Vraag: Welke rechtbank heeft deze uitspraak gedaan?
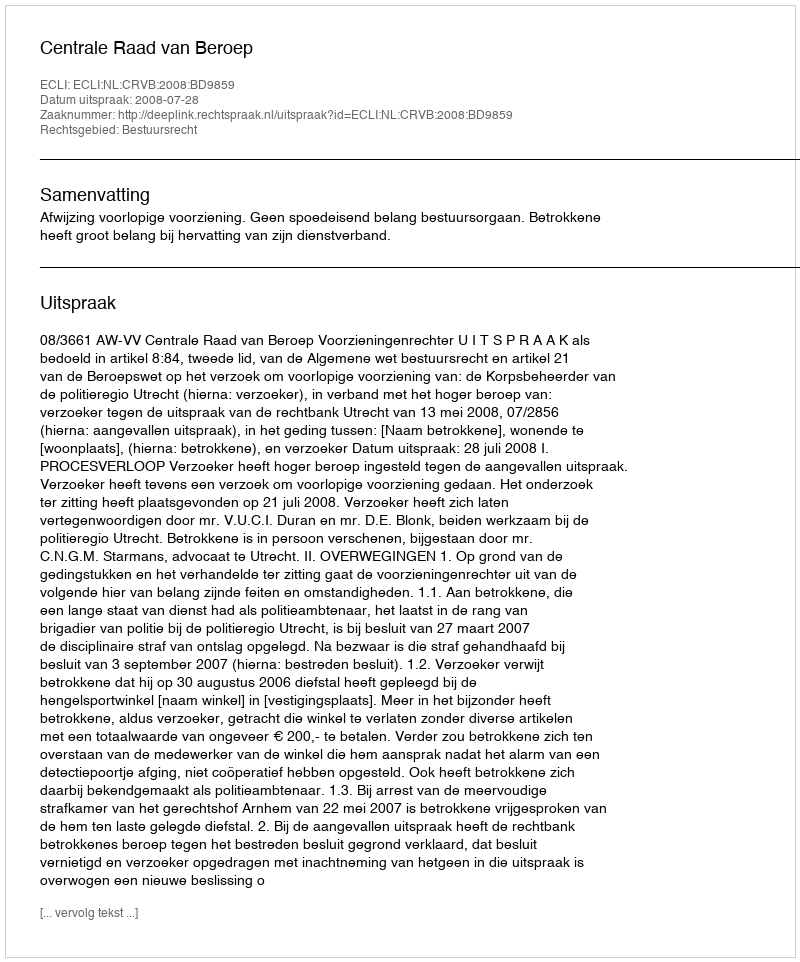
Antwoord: Centrale Raad van Beroep